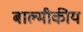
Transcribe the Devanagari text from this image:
बाल्मीकीय